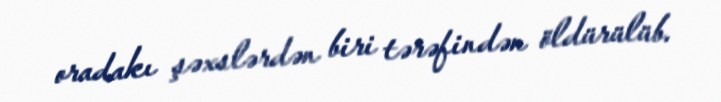
oradakı şəxslərdən biri tərəfindən öldürülüb.